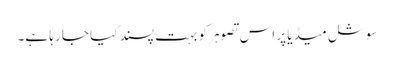
سوشل میڈیا پر اس تصوہر کو بہت پسند کیا جا رہا ہے۔